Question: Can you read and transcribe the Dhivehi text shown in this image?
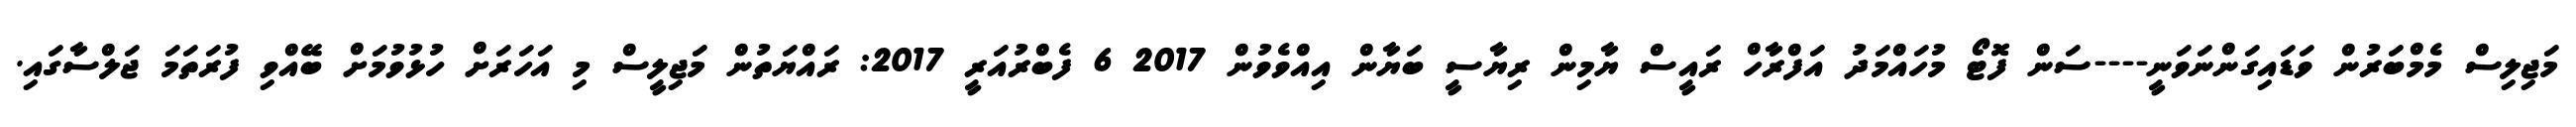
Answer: މަޖިލިސް މެމްބަރުން ވަޑައިގަންނަވަނީ----ސަން ފޮޓޯ މުހައްމަދު އަފްރާހް ރައީސް ޔާމިން ރިޔާސީ ބަޔާން އިއްވެވުން 2017 6 ފެބްރުއަރީ 2017: ރައްޔަތުން މަޖިލީސް މި އަހަރަށް ހުޅުވުމަށް ބޭއްވި ފުރަތަމަ ޖަލްސާގައި.